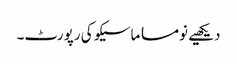
دیکھیے نومسا ماسیکو کی رپورٹ۔